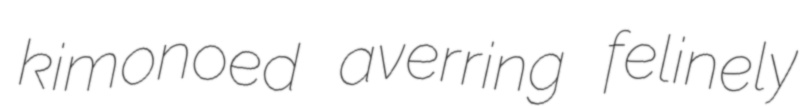
kimonoed averring felinely